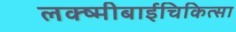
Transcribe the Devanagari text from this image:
लक्ष्मीबाईचिकित्सा